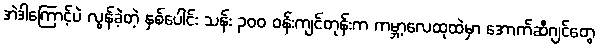
အဲဒါကြောင့်ပဲ လွန်ခဲ့တဲ့ နှစ်ပေါင်း သန်း ၃၀၀ ဝန်းကျင်တုန်းက ကမ္ဘာ့လေထုထဲမှာ အောက်ဆီဂျင်တွေ